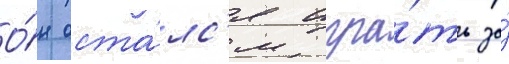
О́н оста́лс'я игра́ть за́